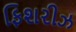
ફિશરીઝ